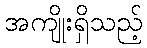
အကျိုးရှိသည့်